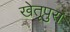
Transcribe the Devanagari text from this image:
खेतूपुरा